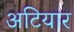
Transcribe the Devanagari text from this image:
अटियार